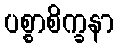
ပစ္စာစိက္ခနာ